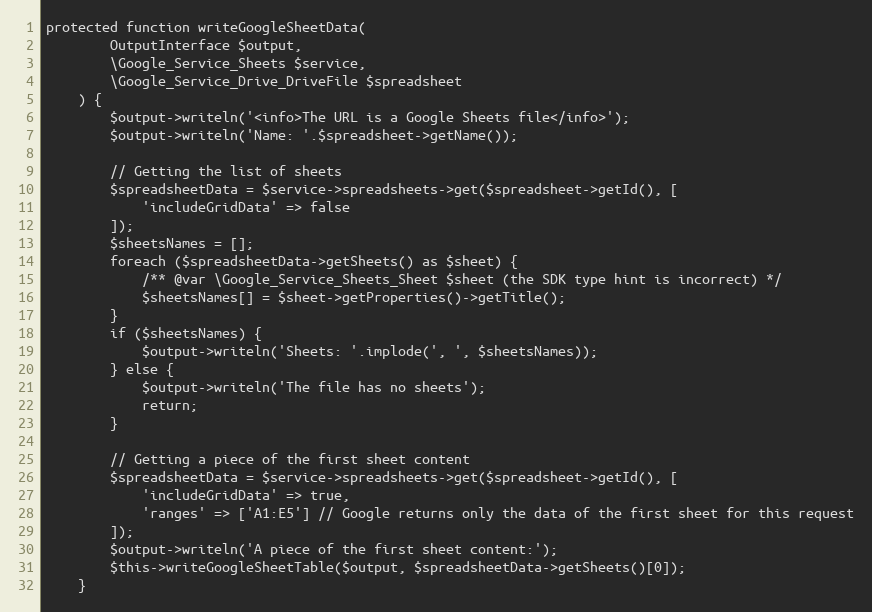
Language: PHP
protected function writeGoogleSheetData(
        OutputInterface $output,
        \Google_Service_Sheets $service,
        \Google_Service_Drive_DriveFile $spreadsheet
    ) {
        $output->writeln('<info>The URL is a Google Sheets file</info>');
        $output->writeln('Name: '.$spreadsheet->getName());

        // Getting the list of sheets
        $spreadsheetData = $service->spreadsheets->get($spreadsheet->getId(), [
            'includeGridData' => false
        ]);
        $sheetsNames = [];
        foreach ($spreadsheetData->getSheets() as $sheet) {
            /** @var \Google_Service_Sheets_Sheet $sheet (the SDK type hint is incorrect) */
            $sheetsNames[] = $sheet->getProperties()->getTitle();
        }
        if ($sheetsNames) {
            $output->writeln('Sheets: '.implode(', ', $sheetsNames));
        } else {
            $output->writeln('The file has no sheets');
            return;
        }

        // Getting a piece of the first sheet content
        $spreadsheetData = $service->spreadsheets->get($spreadsheet->getId(), [
            'includeGridData' => true,
            'ranges' => ['A1:E5'] // Google returns only the data of the first sheet for this request
        ]);
        $output->writeln('A piece of the first sheet content:');
        $this->writeGoogleSheetTable($output, $spreadsheetData->getSheets()[0]);
    }